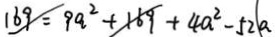
1 6 9 = 9 a ^ { 2 } + 1 6 9 + 4 a ^ { 2 } - 5 2 a